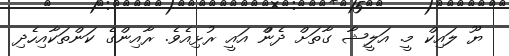
ޔޫ ލައިކް މީ. އަލީޝާ ގާތަށް ދެންް އައީ ރުޅިއެވެ. ރާއިިންގެ ކަންތަކާއިހެދި